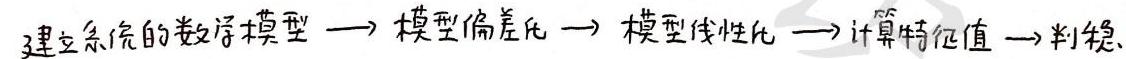
建立系统的数学模型 $\longrightarrow$ 模型偏差化 $\longrightarrow$ 模型线性化 $\longrightarrow$ 计算特征值 $\longrightarrow$ 判稳